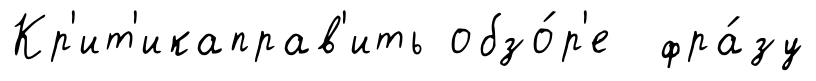
Кр'ит'икаправ'ить обзо́р'е фра́зу